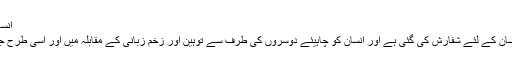
انسان کو تمام صورت میں صبر کرنے کی شفارش
انہوں نے وضاحت کی : صبر تمام حالت میں انسان کے لئے شفارش کی گئی ہے اور انسان کو چاہیئے دوسروں کی طرف سے توہین اور زخم زبانی کے مقابلہ میں اور اسی طرح جو بلائیں نازل ہوئی ہیں اس سے مقاومت کریں ۔